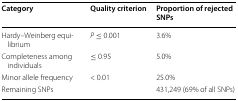
| Category | Quality criterion | Proportion of rejected SNPs |
 | --- | --- | --- |
 | Hardy–Weinberg equilibrium | P ≤ 0.001 | 3.6% |
 | Completeness among individuals | ≤ 0.95 | 5.0% |
 | Minor allele frequency | < 0.01 | 25.0% |
 | Remaining SNPs |  | 431,249 (69% of all SNPs) |